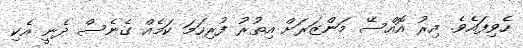
ހެވިފައެވެ. އިރު އޮއްސޭ މަންޒަރަށް އިތުރު ފުރިހަމަ ކަމެއް ގެނެސް ދެނީ އެކި